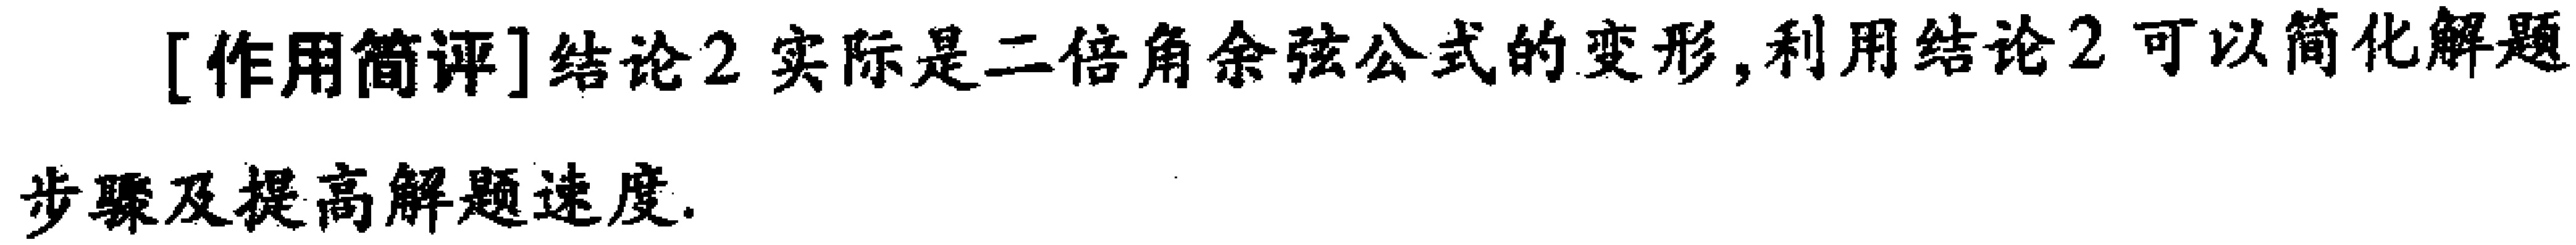
[作用简评]结论2实际是二倍角余弦公式的变形,利用结论2可以简化解题步骤及提高解题速度.